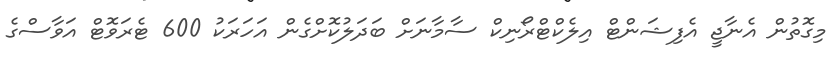
މިގޮތުން އެނާޖީ އެފިޝަންޓް އިލެކްޓްރޯނިކް ސާމާނަށް ބަދަލުކޮށްގެން އަހަރަކު 600 ޓެރަވޮޓް އަވާސްގެ